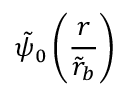
\tilde { \psi } _ { 0 } \left( \frac { r } { \tilde { r } _ { b } } \right)